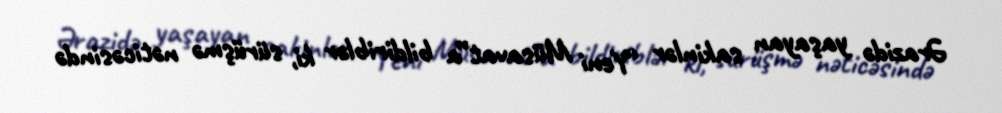
Ərazidə yaşayan sakinlər “Yeni Müsavat”a bildiriblər ki, sürüşmə nəticəsində